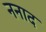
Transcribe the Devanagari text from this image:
ननाद